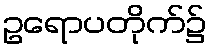
ဥရောပတိုက်၌